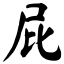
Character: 屁